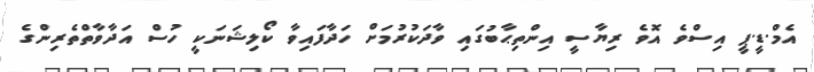
އެމް.ޑީ.ޕީ އިސްވެ އޮވެ ރިޔާސީ އިންތިޙާބުގައި ވާދަކުރުމަށް ހަދާފައިވާ ކޯލިޝަނަކީ ހުސް އަދާވާތްތެރިންގެ